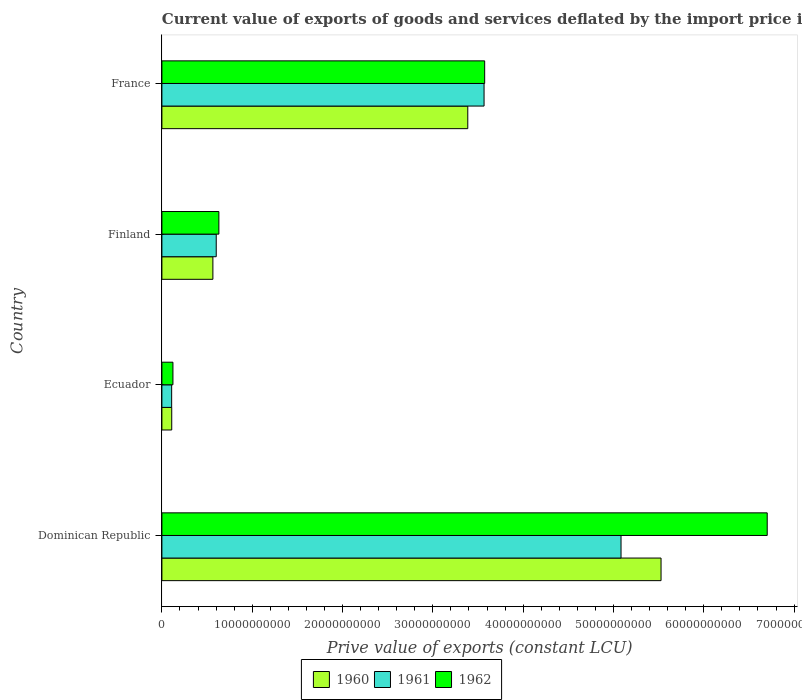
| Country | 1960 | 1961 | 1962 |
 | --- | --- | --- | --- |
 | Dominican Republic | 5.53e+10 | 5.08e+10 | 6.7e+10 |
 | Ecuador | 1.09e+09 | 1.08e+09 | 1.22e+09 |
 | Finland | 5.65e+09 | 6.02e+09 | 6.31e+09 |
 | France | 3.39e+10 | 3.57e+10 | 3.57e+10 |